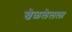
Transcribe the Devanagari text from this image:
खेळलेलला